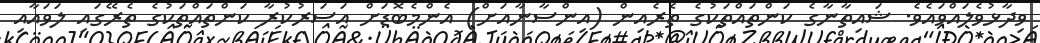
ވިދާޅުވެލައްވައެވެ. ޝައިތާނާގެ ކަންތައްތަކުގެ ތެރެއިން (އިންސާނާއަށް) އެންމެބޮޑަށް އަސަރުކުރާ ކަންތައްތަކުގެ ތެރޭގައި ލަވައާއި